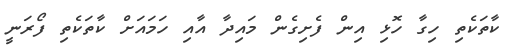
ކާތަކެތި ހިގާ ހޮޅި އިން ފެށިގެން މައިދާ އާއި ހަމައަށް ކާތަކެތި ފޯރަނީ